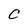
Character: C